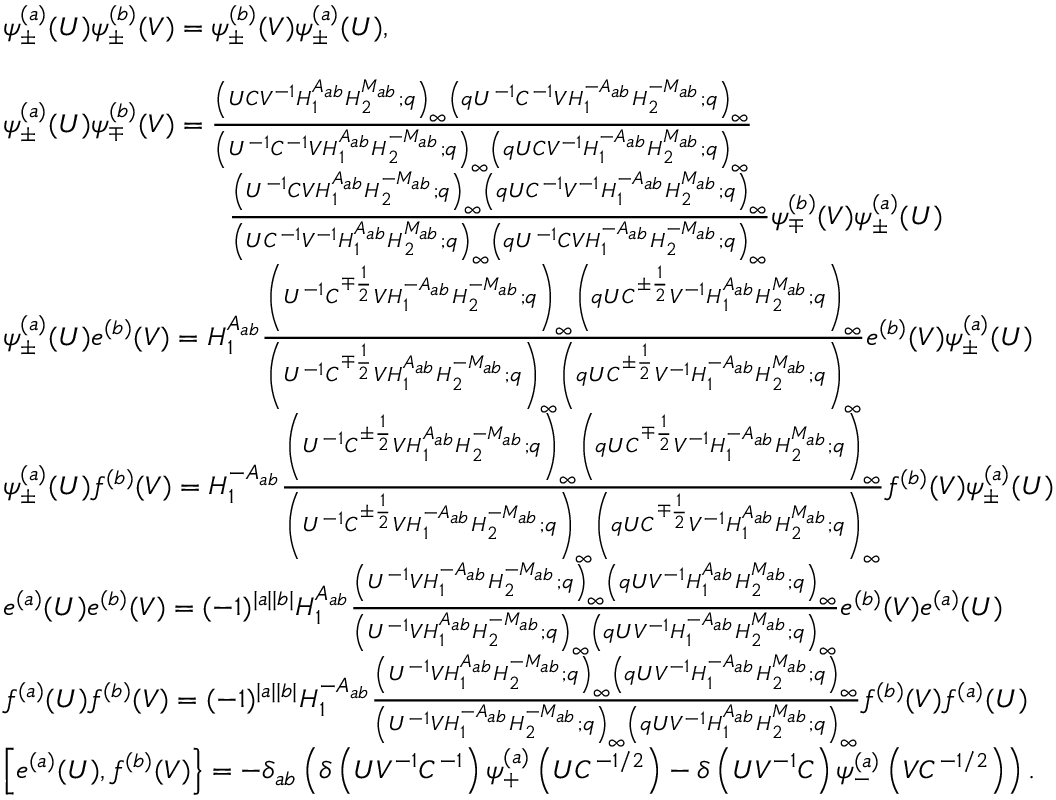
\begin{array} { r l } & { \psi _ { \pm } ^ { ( a ) } ( U ) \psi _ { \pm } ^ { ( b ) } ( V ) = \psi _ { \pm } ^ { ( b ) } ( V ) \psi _ { \pm } ^ { ( a ) } ( U ) , } \\ & { } \\ & { \psi _ { \pm } ^ { ( a ) } ( U ) \psi _ { \mp } ^ { ( b ) } ( V ) = \frac { \left( U C V ^ { - 1 } H _ { 1 } ^ { A _ { a b } } H _ { 2 } ^ { M _ { a b } } ; q \right) _ { \infty } \left( q U ^ { - 1 } C ^ { - 1 } V H _ { 1 } ^ { - A _ { a b } } H _ { 2 } ^ { - M _ { a b } } ; q \right) _ { \infty } } { \left( U ^ { - 1 } C ^ { - 1 } V H _ { 1 } ^ { A _ { a b } } H _ { 2 } ^ { - M _ { a b } } ; q \right) _ { \infty } \left( q U C V ^ { - 1 } H _ { 1 } ^ { - A _ { a b } } H _ { 2 } ^ { M _ { a b } } ; q \right) _ { \infty } } } \\ & { \qquad \qquad \qquad \qquad \frac { \left( U ^ { - 1 } C V H _ { 1 } ^ { A _ { a b } } H _ { 2 } ^ { - M _ { a b } } ; q \right) _ { \infty } \left( q U C ^ { - 1 } V ^ { - 1 } H _ { 1 } ^ { - A _ { a b } } H _ { 2 } ^ { M _ { a b } } ; q \right) _ { \infty } } { \left( U C ^ { - 1 } V ^ { - 1 } H _ { 1 } ^ { A _ { a b } } H _ { 2 } ^ { M _ { a b } } ; q \right) _ { \infty } \left( q U ^ { - 1 } C V H _ { 1 } ^ { - A _ { a b } } H _ { 2 } ^ { - M _ { a b } } ; q \right) _ { \infty } } \psi _ { \mp } ^ { ( b ) } ( V ) \psi _ { \pm } ^ { ( a ) } ( U ) } \\ & { \psi _ { \pm } ^ { ( a ) } ( U ) e ^ { ( b ) } ( V ) = H _ { 1 } ^ { A _ { a b } } \frac { \left( U ^ { - 1 } C ^ { \mp \frac { 1 } { 2 } } V H _ { 1 } ^ { - A _ { a b } } H _ { 2 } ^ { - M _ { a b } } ; q \right) _ { \infty } \left( q U C ^ { \pm \frac { 1 } { 2 } } V ^ { - 1 } H _ { 1 } ^ { A _ { a b } } H _ { 2 } ^ { M _ { a b } } ; q \right) _ { \infty } } { \left( U ^ { - 1 } C ^ { \mp \frac { 1 } { 2 } } V H _ { 1 } ^ { A _ { a b } } H _ { 2 } ^ { - M _ { a b } } ; q \right) _ { \infty } \left( q U C ^ { \pm \frac { 1 } { 2 } } V ^ { - 1 } H _ { 1 } ^ { - A _ { a b } } H _ { 2 } ^ { M _ { a b } } ; q \right) _ { \infty } } e ^ { ( b ) } ( V ) \psi _ { \pm } ^ { ( a ) } ( U ) } \\ & { \psi _ { \pm } ^ { ( a ) } ( U ) f ^ { ( b ) } ( V ) = H _ { 1 } ^ { - A _ { a b } } \frac { \left( U ^ { - 1 } C ^ { \pm \frac { 1 } { 2 } } V H _ { 1 } ^ { A _ { a b } } H _ { 2 } ^ { - M _ { a b } } ; q \right) _ { \infty } \left( q U C ^ { \mp \frac { 1 } { 2 } } V ^ { - 1 } H _ { 1 } ^ { - A _ { a b } } H _ { 2 } ^ { M _ { a b } } ; q \right) _ { \infty } } { \left( U ^ { - 1 } C ^ { \pm \frac { 1 } { 2 } } V H _ { 1 } ^ { - A _ { a b } } H _ { 2 } ^ { - M _ { a b } } ; q \right) _ { \infty } \left( q U C ^ { \mp \frac { 1 } { 2 } } V ^ { - 1 } H _ { 1 } ^ { A _ { a b } } H _ { 2 } ^ { M _ { a b } } ; q \right) _ { \infty } } f ^ { ( b ) } ( V ) \psi _ { \pm } ^ { ( a ) } ( U ) } \\ & { e ^ { ( a ) } ( U ) e ^ { ( b ) } ( V ) = ( - 1 ) ^ { | a | | b | } H _ { 1 } ^ { A _ { a b } } \frac { \left( U ^ { - 1 } V H _ { 1 } ^ { - A _ { a b } } H _ { 2 } ^ { - M _ { a b } } ; q \right) _ { \infty } \left( q U V ^ { - 1 } H _ { 1 } ^ { A _ { a b } } H _ { 2 } ^ { M _ { a b } } ; q \right) _ { \infty } } { \left( U ^ { - 1 } V H _ { 1 } ^ { A _ { a b } } H _ { 2 } ^ { - M _ { a b } } ; q \right) _ { \infty } \left( q U V ^ { - 1 } H _ { 1 } ^ { - A _ { a b } } H _ { 2 } ^ { M _ { a b } } ; q \right) _ { \infty } } e ^ { ( b ) } ( V ) e ^ { ( a ) } ( U ) } \\ & { f ^ { ( a ) } ( U ) f ^ { ( b ) } ( V ) = ( - 1 ) ^ { | a | | b | } H _ { 1 } ^ { - A _ { a b } } \frac { \left( U ^ { - 1 } V H _ { 1 } ^ { A _ { a b } } H _ { 2 } ^ { - M _ { a b } } ; q \right) _ { \infty } \left( q U V ^ { - 1 } H _ { 1 } ^ { - A _ { a b } } H _ { 2 } ^ { M _ { a b } } ; q \right) _ { \infty } } { \left( U ^ { - 1 } V H _ { 1 } ^ { - A _ { a b } } H _ { 2 } ^ { - M _ { a b } } ; q \right) _ { \infty } \left( q U V ^ { - 1 } H _ { 1 } ^ { A _ { a b } } H _ { 2 } ^ { M _ { a b } } ; q \right) _ { \infty } } f ^ { ( b ) } ( V ) f ^ { ( a ) } ( U ) } \\ & { \left[ e ^ { ( a ) } ( U ) , f ^ { ( b ) } ( V ) \right\} = - \delta _ { a b } \left( \delta \left( U V ^ { - 1 } C ^ { - 1 } \right) \psi _ { + } ^ { ( a ) } \left( U C ^ { - 1 / 2 } \right) - \delta \left( U V ^ { - 1 } C \right) \psi _ { - } ^ { ( a ) } \left( V C ^ { - 1 / 2 } \right) \right) . } \end{array}